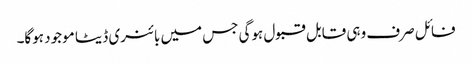
فائل صرف وہی قابل قبول ہوگی جس میں بائنری ڈیٹا موجود ہوگا۔